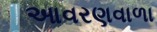
આવરણવાળા